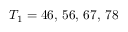
T _ { 1 } = 4 6 , \, 5 6 , \, 6 7 , \, 7 8